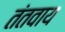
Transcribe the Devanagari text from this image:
तंतवाय